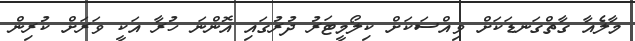
މާލެއާ ގާތްގަނޑަކަށް ވިއްސަކަށް ކިލޯމީޓަރު ދުރުގައި އޮންނަ ހުރާ އަކީ ވަރަށް ކުރިން